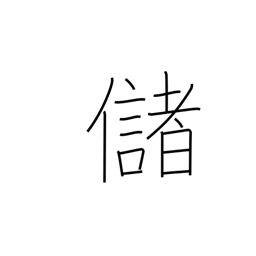
Meaning: yield profit